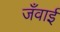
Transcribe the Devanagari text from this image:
जँवाई